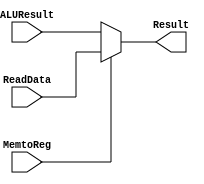
module mux2(
    output [31:0] Result,
    input MemtoReg,
    input [31:0] ReadData,
    input [31:0] ALUResult
);
    assign
        Result = (MemtoReg==0) ? ALUResult : ReadData;
endmodule